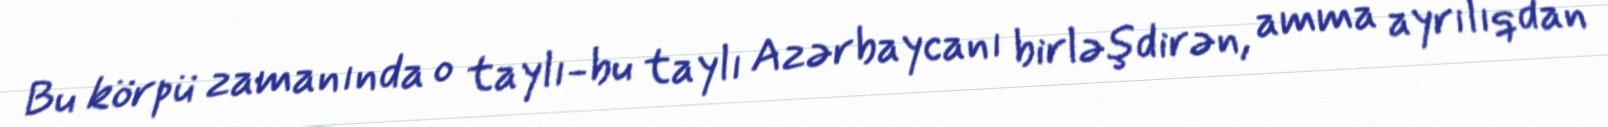
Bu körpü zamanında o taylı-bu taylı Azərbaycanı birləşdirən, amma ayrılıqdan